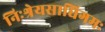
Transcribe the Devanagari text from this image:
निःश्रेयसाधिगमः